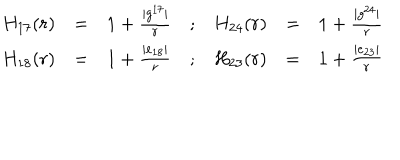
LaTeX: \begin{array} { r c l c r c l } { { H _ { 1 7 } ( r ) } } & { { = } } & { { 1 + \frac { \vert g ^ { 1 7 } \vert } { r } } } & { { ; } } & { { H _ { 2 4 } ( r ) } } & { { = } } & { { 1 + \frac { \vert g ^ { 2 4 } \vert } { r } } } \\ { { H _ { 1 8 } ( r ) } } & { { = } } & { { 1 + \frac { \vert e _ { 1 8 } \vert } { r } } } & { { ; } } & { { H _ { 2 3 } ( r ) } } & { { = } } & { { 1 + \frac { \vert e _ { 2 3 } \vert } { r } } } \\ \end{array}